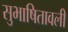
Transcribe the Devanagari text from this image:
सुभाषितावली